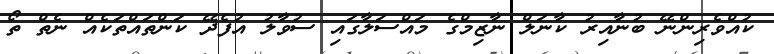
ކުއްވެރިންނޭ ބުނާއިރު ކާނަލް ނާޒިމްގެ މައްސަލާގައި ސުވާލު އުފެދޭ ކަންތައްތަކެއްް ނެތް ތޯ